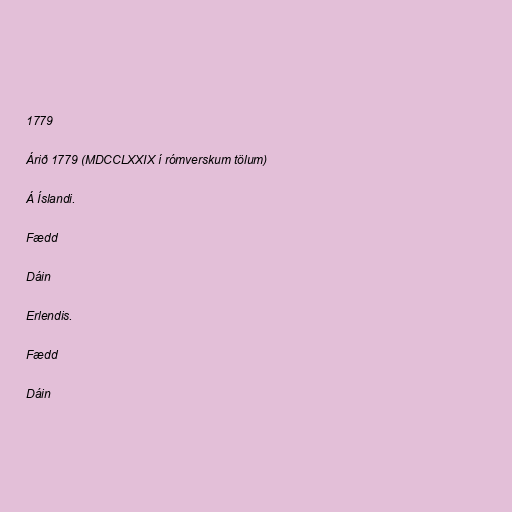
1779

Árið 1779 (MDCCLXXIX í rómverskum tölum)

Á Íslandi.

Fædd

Dáin

Erlendis.

Fædd

Dáin